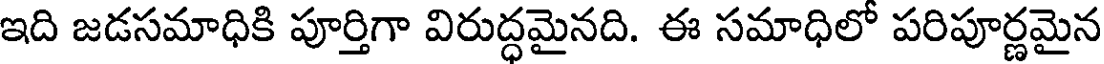
ఇది జడసమాధికి పూర్తిగా విరుద్ధమైనది. ఈ సమాధిలో పరిపూర్ణమైన